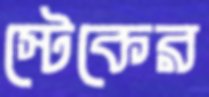
স্টেকের